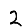
Digit: 2